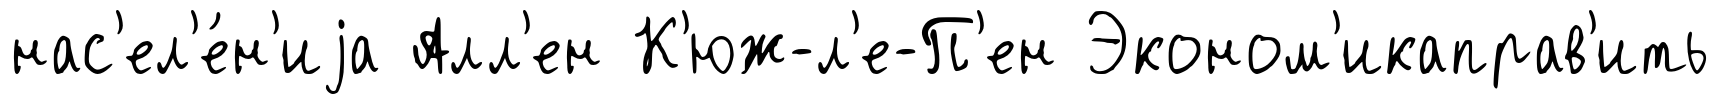
нас'ел'е́н'иjа Алл'ен К'юж-л'е-П'ен Эконом'икаправ'ить